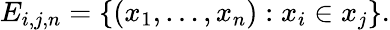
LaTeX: E_{i,j,n}=\{ (x_{1},\ldots,x_{n}):x_{i}\in x_{j}\} .